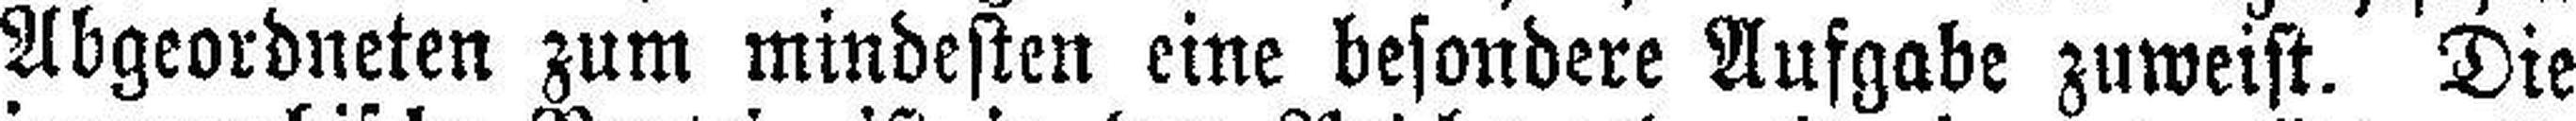
Abgeordneten zum mindesten eine besondere Aufgabe zuweist. Die